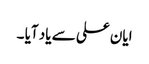
ایان علی سے یاد آیا ۔